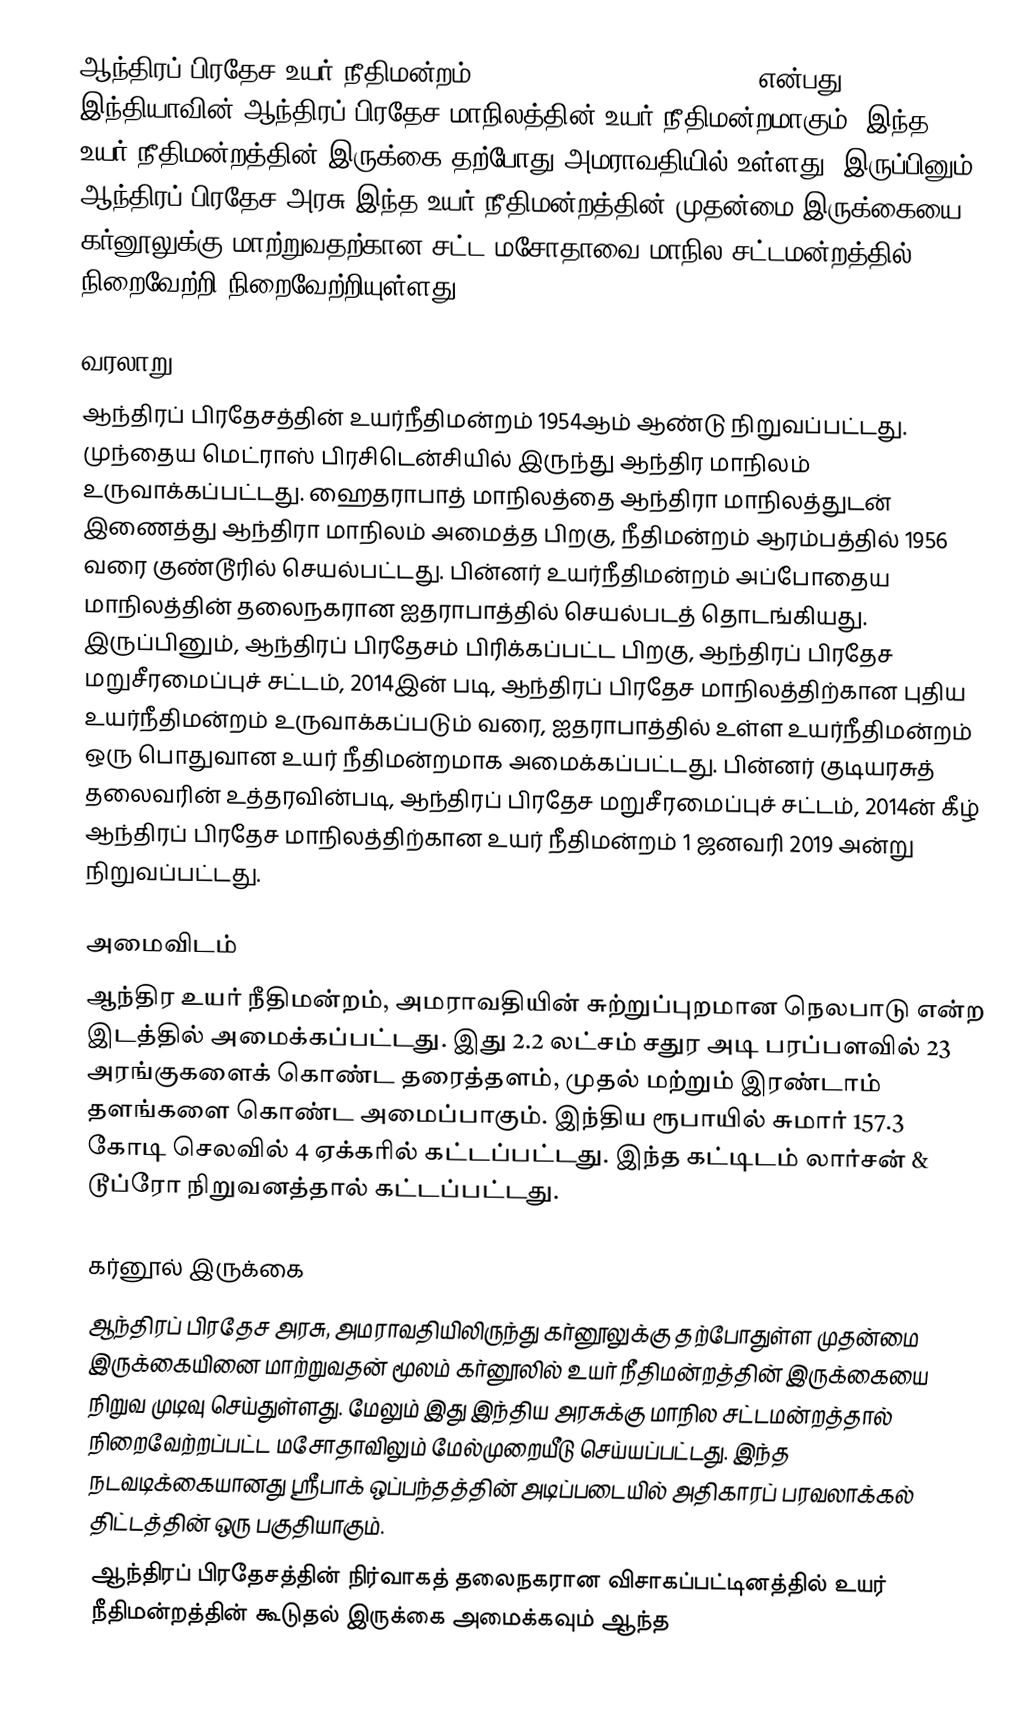
ஆந்திரப் பிரதேச உயர் நீதிமன்றம் (Andhra Pradesh High Court) என்பது இந்தியாவின் ஆந்திரப் பிரதேச மாநிலத்தின் உயர் நீதிமன்றமாகும். இந்த உயர் நீதிமன்றத்தின் இருக்கை தற்போது அமராவதியில் உள்ளது. இருப்பினும் ஆந்திரப் பிரதேச அரசு இந்த உயர் நீதிமன்றத்தின் முதன்மை இருக்கையை கர்னூலுக்கு மாற்றுவதற்கான சட்ட மசோதாவை மாநில சட்டமன்றத்தில் நிறைவேற்றி நிறைவேற்றியுள்ளது.

வரலாறு
ஆந்திரப் பிரதேசத்தின் உயர்நீதிமன்றம் 1954ஆம் ஆண்டு நிறுவப்பட்டது. முந்தைய மெட்ராஸ் பிரசிடென்சியில் இருந்து ஆந்திர மாநிலம் உருவாக்கப்பட்டது. ஹைதராபாத் மாநிலத்தை ஆந்திரா மாநிலத்துடன் இணைத்து ஆந்திரா மாநிலம் அமைத்த பிறகு, நீதிமன்றம் ஆரம்பத்தில் 1956 வரை குண்டூரில் செயல்பட்டது. பின்னர் உயர்நீதிமன்றம் அப்போதைய மாநிலத்தின் தலைநகரான ஐதராபாத்தில் செயல்படத் தொடங்கியது. இருப்பினும், ஆந்திரப் பிரதேசம் பிரிக்கப்பட்ட பிறகு, ஆந்திரப் பிரதேச மறுசீரமைப்புச் சட்டம், 2014இன் படி, ஆந்திரப் பிரதேச மாநிலத்திற்கான புதிய உயர்நீதிமன்றம் உருவாக்கப்படும் வரை, ஐதராபாத்தில் உள்ள உயர்நீதிமன்றம் ஒரு பொதுவான உயர் நீதிமன்றமாக அமைக்கப்பட்டது. பின்னர் குடியரசுத் தலைவரின் உத்தரவின்படி, ஆந்திரப் பிரதேச மறுசீரமைப்புச் சட்டம், 2014ன் கீழ் ஆந்திரப் பிரதேச மாநிலத்திற்கான உயர் நீதிமன்றம் 1 ஜனவரி 2019 அன்று நிறுவப்பட்டது.

அமைவிடம்
ஆந்திர உயர் நீதிமன்றம், அமராவதியின் சுற்றுப்புறமான நெலபாடு என்ற இடத்தில் அமைக்கப்பட்டது. இது 2.2 லட்சம் சதுர அடி பரப்பளவில் 23 அரங்குகளைக் கொண்ட தரைத்தளம், முதல் மற்றும் இரண்டாம் தளங்களை கொண்ட அமைப்பாகும். இந்திய ரூபாயில் சுமார் 157.3 கோடி செலவில் 4 ஏக்கரில் கட்டப்பட்டது. இந்த கட்டிடம் லார்சன் & டூப்ரோ நிறுவனத்தால் கட்டப்பட்டது.

கர்னூல் இருக்கை
ஆந்திரப் பிரதேச அரசு, அமராவதியிலிருந்து கர்னூலுக்கு தற்போதுள்ள முதன்மை இருக்கையினை மாற்றுவதன் மூலம் கர்னூலில் உயர் நீதிமன்றத்தின் இருக்கையை நிறுவ முடிவு செய்துள்ளது. மேலும் இது இந்திய அரசுக்கு மாநில சட்டமன்றத்தால் நிறைவேற்றப்பட்ட மசோதாவிலும் மேல்முறையீடு செய்யப்பட்டது. இந்த நடவடிக்கையானது ஸ்ரீபாக் ஒப்பந்தத்தின் அடிப்படையில் அதிகாரப் பரவலாக்கல் திட்டத்தின் ஒரு பகுதியாகும்.
ஆந்திரப் பிரதேசத்தின் நிர்வாகத் தலைநகரான விசாகப்பட்டினத்தில் உயர் நீதிமன்றத்தின் கூடுதல் இருக்கை அமைக்கவும் ஆந்த